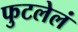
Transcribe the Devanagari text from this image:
फुटलेलं